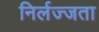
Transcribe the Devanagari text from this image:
निर्लज्जता